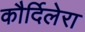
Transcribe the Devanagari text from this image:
कौर्दिलेरा